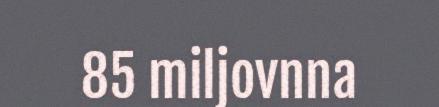
85 miljovnna